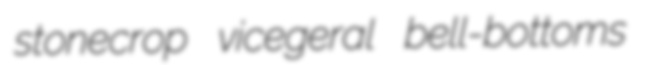
stonecrop vicegeral bell-bottoms